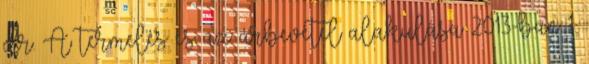
dr. A termelés és az árbevétel alakulása 2013-ban 1.